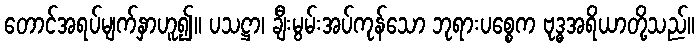
တောင်အရပ်မျက်နှာဟူ၍။ ပသဋ္ဌာ၊ ချီးမွမ်းအပ်ကုန်သော ဘုရားပစ္စေက ဗုဒ္ဓအရိယာတို့သည်။